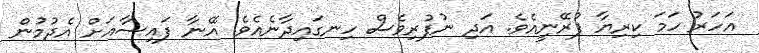
އަހަރު ހަމަ ކިރިޔާ ފުރޭނީއެވެ. އަދި ނުފުރިވެސް ހިނގައިދާނެއެވެ. އޭނާ ފައިސާއަށް އެދުމުން